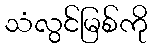
သံလွင်မြစ်ကို